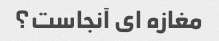
مغازه ای آنجاست؟